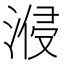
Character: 𣷽